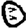
Digit: 0